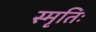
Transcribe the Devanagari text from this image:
स्मृतिः